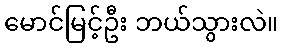
မောင်မြင့်ဦး ဘယ်သွားလဲ။